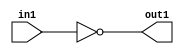
`timescale 1ps / 1ps
/*****************************************************************************
    Verilog RTL Description
    
    
    Created by: CellMath Designer 2019.1.01 
*******************************************************************************/

module DFT_compute_Not_1U_1U_0 (
	in1,
	out1
	); /* architecture "behavioural" */ 
input  in1;
output  out1;
wire  asc001;

assign asc001 = 
	((~in1));

assign out1 = asc001;
endmodule

/* CADENCE  urXwTQk= : u9/ySgnWtBlWxVPRXgAZ4Og= ** DO NOT EDIT THIS LINE ******/